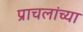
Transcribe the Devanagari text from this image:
प्राचलांच्या